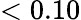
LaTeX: <0.10